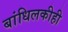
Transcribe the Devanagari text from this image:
बांधिलकीही